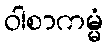
ဝါစာကမ္မံ